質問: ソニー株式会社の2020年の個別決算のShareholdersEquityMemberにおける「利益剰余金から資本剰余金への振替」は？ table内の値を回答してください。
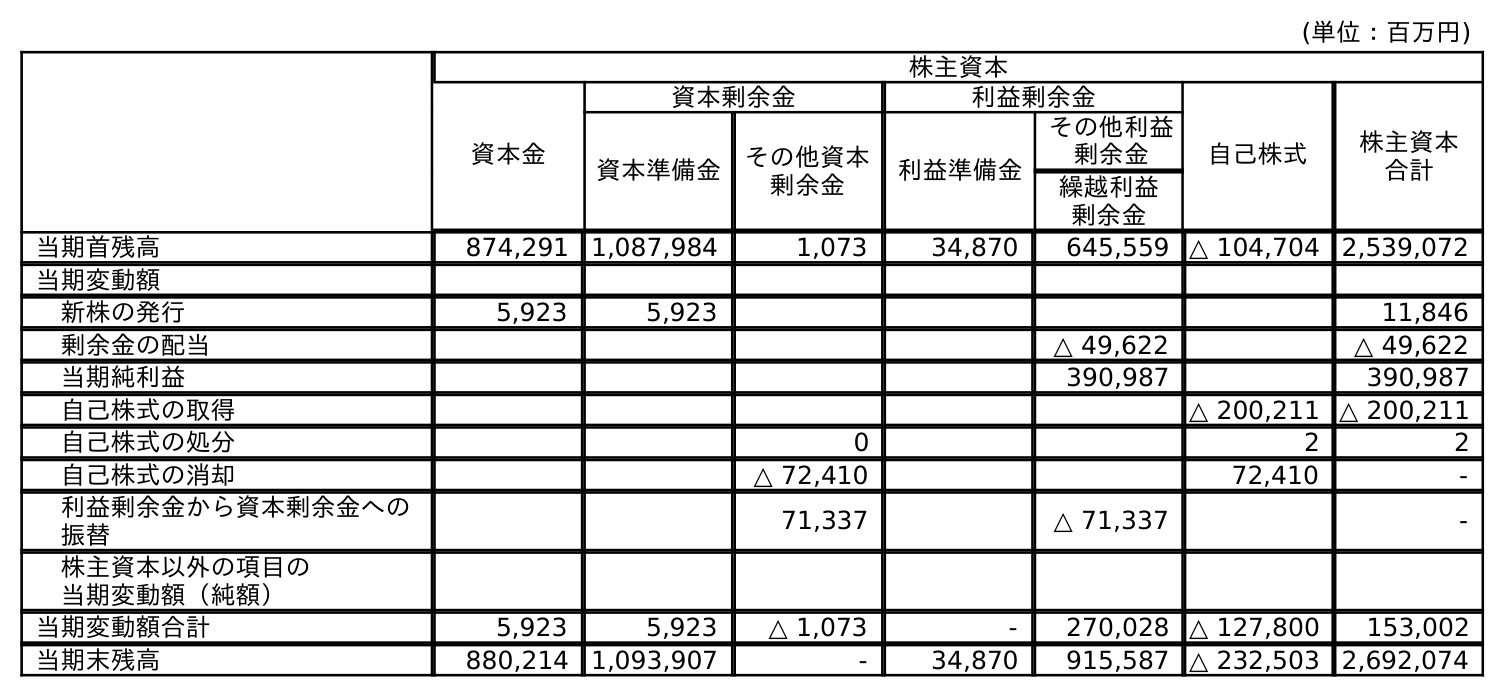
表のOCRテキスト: (単位：百万円) 株主資本 資本金 資本剰余金 利益剰余金 自己株式 株主資本 合計 資本準備金 その他資本 剰余金 利益準備金 その他利益 剰余金 繰越利益 剰余金 当期首残高 874,291 1,087,984 1,073 34,870 645,559 △ 104,704 2,539,072 当期変動額 新株の発行 5,923 5,923 11,846 剰余金の配当 △ 49,622 △ 49,622 当期純利益 390,987 390,987 自己株式の取得 △ 200,211 △ 200,211 自己株式の処分 0 2 2 自己株式の消却 △ 72,410 72,410 - 利益剰余金から資本剰余金への 振替 71,337 △ 71,337 - 株主資本以外の項目の 当期変動額（純額） 当期変動額合計 5,923 5,923 △ 1,073 - 270,028 △ 127,800 153,002 当期末残高 880,214 1,093,907 - 34,870 915,587 △ 232,503 2,692,074
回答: -